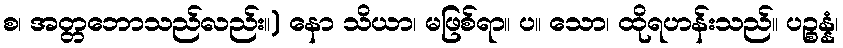
စ၊ အတ္တဘောသည်လည်း။) နော သိယာ၊ မဖြစ်ရာ။ ပ။ သော၊ ထိုရဟန်းသည်။ ပဉ္စန္နံ၊